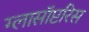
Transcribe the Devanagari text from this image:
ग्लासॉप्टरिस